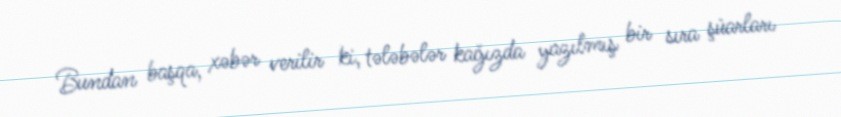
Bundan başqa, xəbər verilir ki, tələbələr kağızda yazılmış bir sıra şüarları